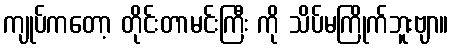
ကျုပ်ကတော့ တိုင်းတာမင်းကြီး ကို သိပ်မကြိုက်ဘူးဗျာ။